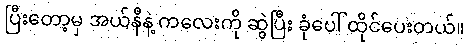
ပြီးတော့မှ အယ်နီနဲ့ ကလေးကို ဆွဲပြီး ခုံပေါ် ထိုင်ပေးတယ်။